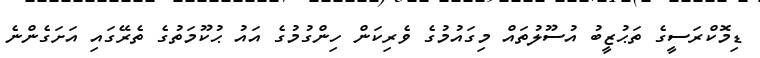
ޑިމޮކްރަސީގެ ތަޙުޒީބު އުސޫލުތައް މިގައުމުގެ ވެރިކަން ހިންގުމުގެ އައު ޙުކޫމަތުގެ ތެރޭގައި އަށަގެންނެ